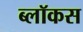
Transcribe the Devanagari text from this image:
ब्लॉकस